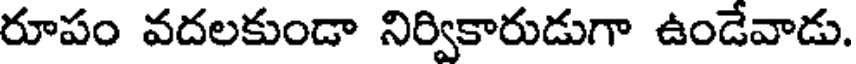
రూపం వదలకుండా నిర్వికారుడుగా ఉండేవాడు.